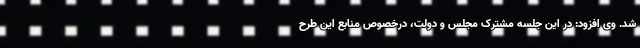
شد. وی افزود: در این جلسه مشترک مجلس و دولت، درخصوص منابع این طرح